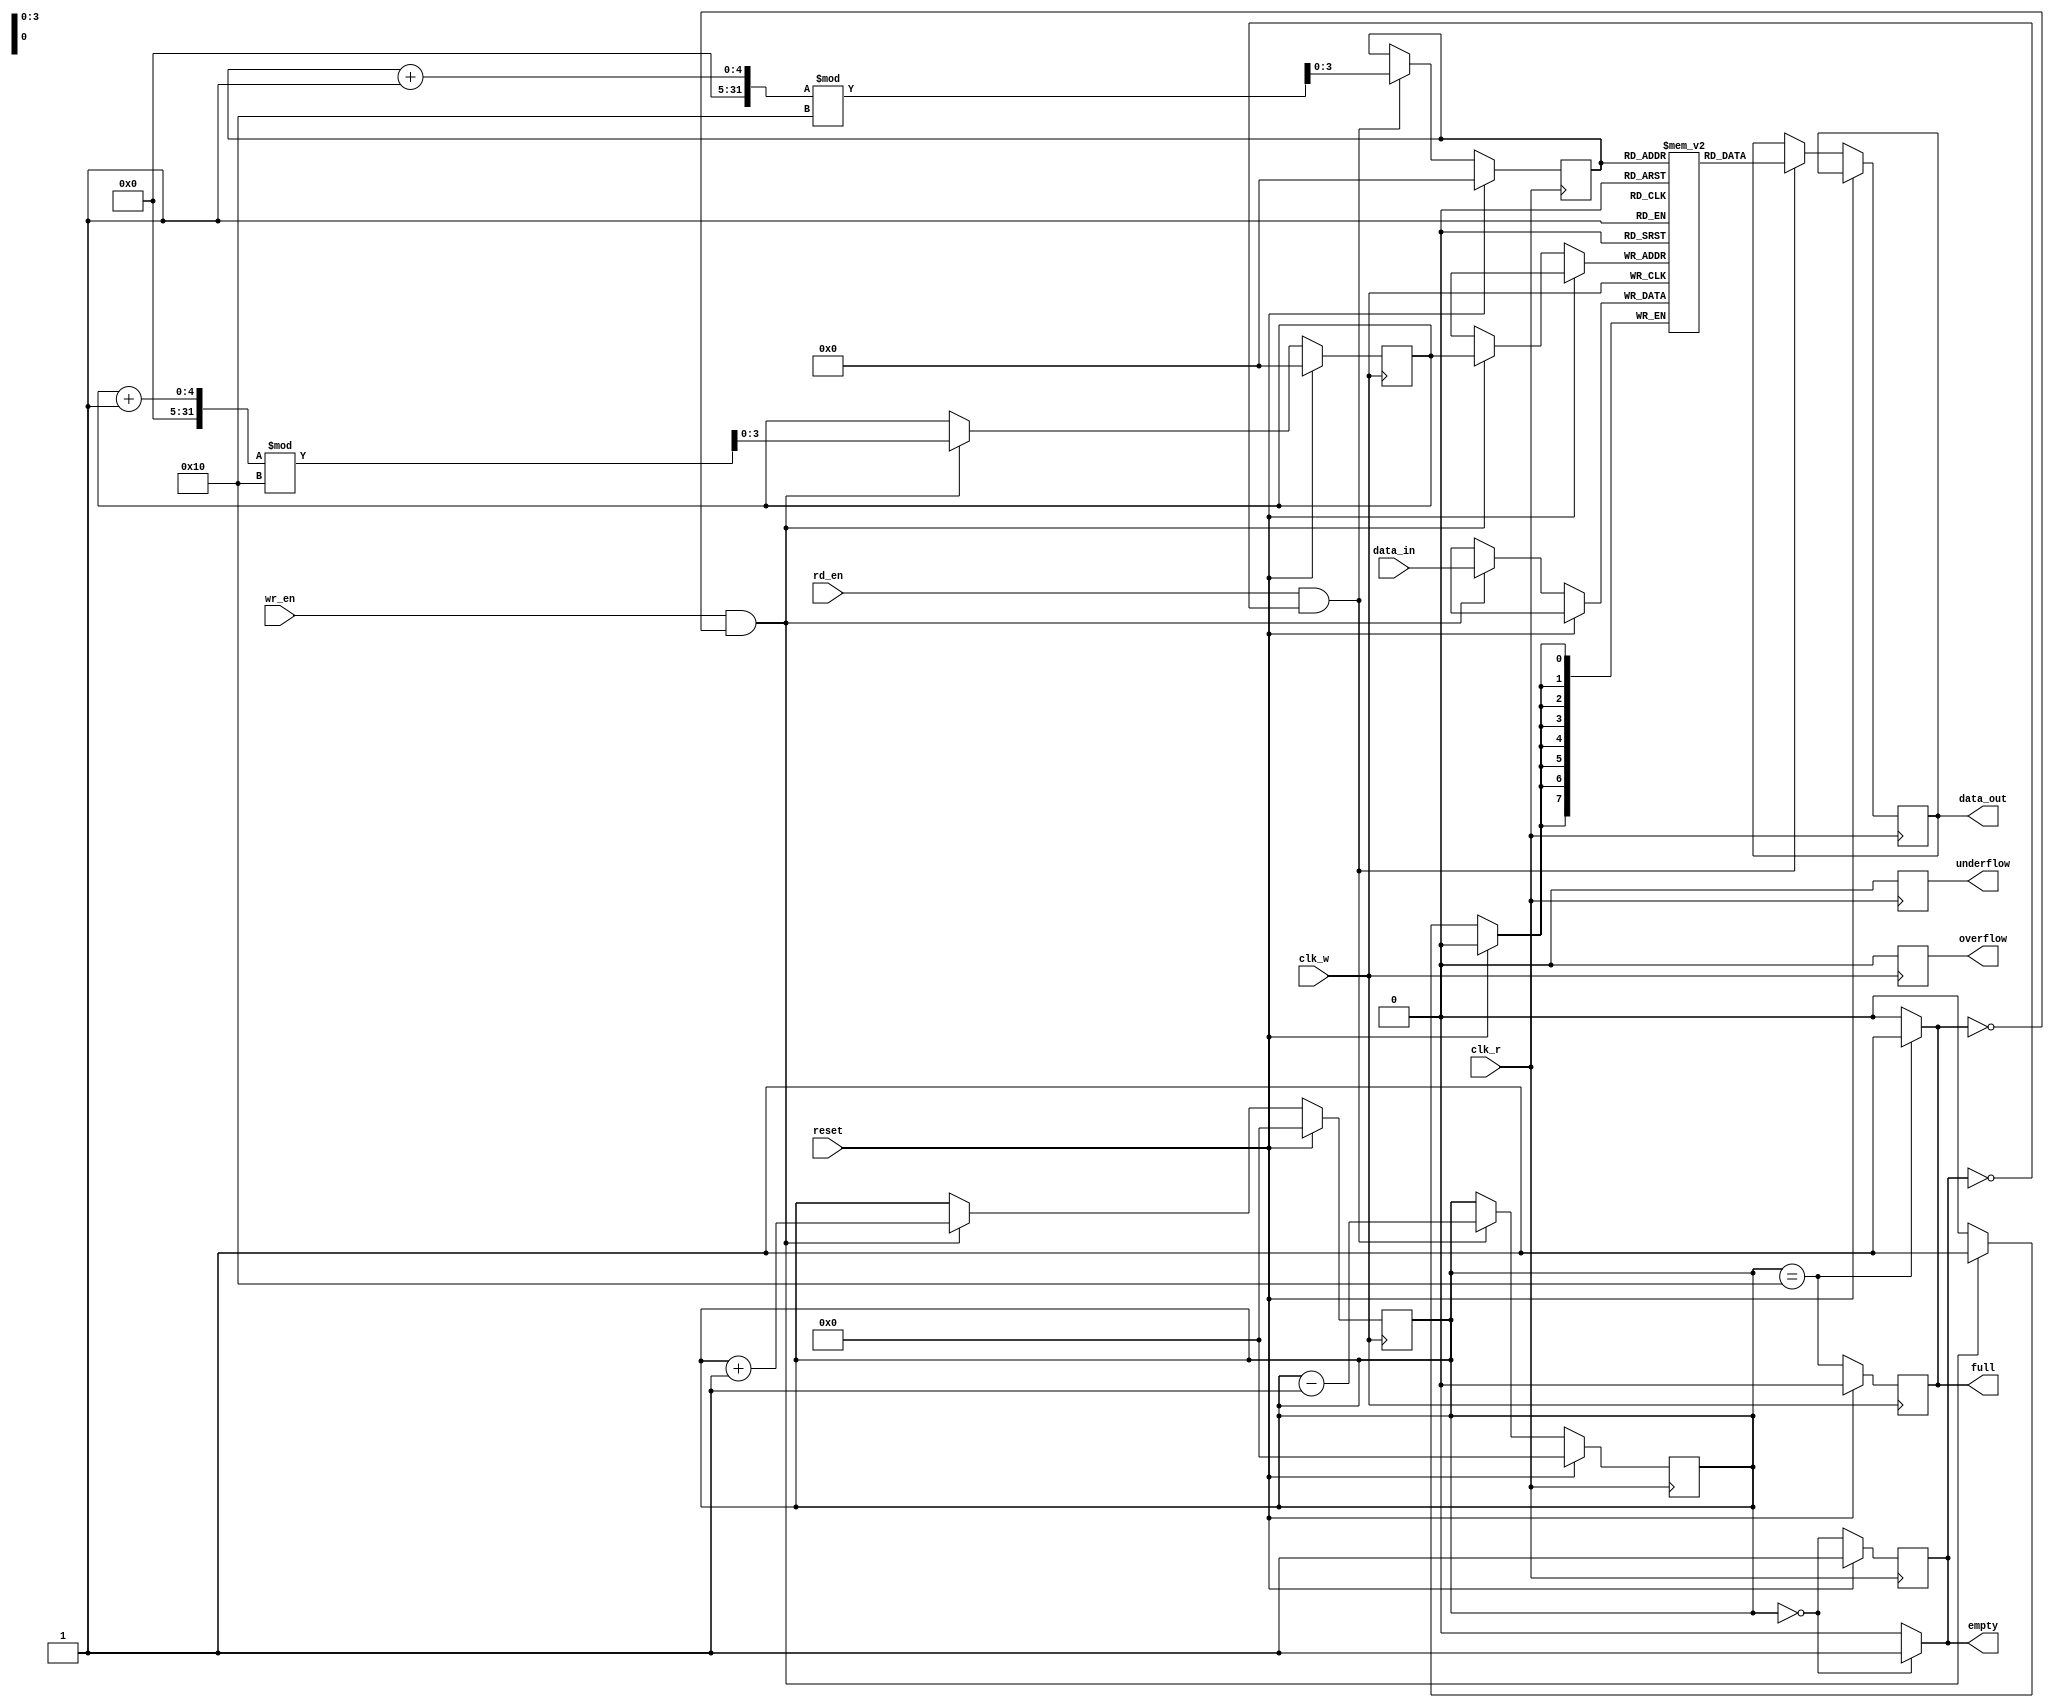
module dual_clock_fifo #(
    parameter DATA_WIDTH = 8, // Width of each data entry
    parameter DEPTH = 16       // Maximum number of entries in the FIFO
)(
    input wire clk_w,          // Write clock
    input wire clk_r,          // Read clock
    input wire reset,          // Synchronous reset
    input wire [DATA_WIDTH-1:0] data_in, // Data input
    input wire wr_en,          // Write enable
    input wire rd_en,          // Read enable
    output reg [DATA_WIDTH-1:0] data_out, // Data output
    output reg full,           // Full flag
    output reg empty,          // Empty flag
    output reg overflow,       // Overflow indicator
    output reg underflow       // Underflow indicator
);

// Memory storage for FIFO entries
reg [DATA_WIDTH-1:0] fifo_mem [0:DEPTH-1];

// Write and read pointers
reg [$clog2(DEPTH)-1:0] wp; // Write pointer
reg [$clog2(DEPTH)-1:0] rp; // Read pointer
reg [$clog2(DEPTH+1)-1:0] count; // Count of entries

// Synchronization registers for read and write pointers
reg [$clog2(DEPTH)-1:0] wp_sync;
reg [$clog2(DEPTH)-1:0] rp_sync;

// Write logic
always @(posedge clk_w) begin
    if (reset) begin
        wp <= 0;
        count <= 0;
        full <= 0;
        overflow <= 0;
    end else begin
        if (wr_en && !full) begin
            fifo_mem[wp] <= data_in; // Write data
            wp <= (wp + 1) % DEPTH;   // Increment write pointer
            count <= count + 1;       // Increment count
        end
        // Update full flag
        full <= (count == DEPTH);
        // Reset overflow flag
        overflow <= 0;
    end
end

// Read logic
always @(posedge clk_r) begin
    if (reset) begin
        rp <= 0;
        count <= 0;
        empty <= 1;
        underflow <= 0;
    end else begin
        if (rd_en && !empty) begin
            data_out <= fifo_mem[rp]; // Read data
            rp <= (rp + 1) % DEPTH;    // Increment read pointer
            count <= count - 1;        // Decrement count
        end
        // Update empty flag
        empty <= (count == 0);
        // Reset underflow flag
        underflow <= 0;
    end
end

// Pointer synchronization for the read pointer
always @(posedge clk_w) begin
    wp_sync <= wp; // Synchronize write pointer to read clock domain
end

always @(posedge clk_r) begin
    rp_sync <= rp; // Synchronize read pointer to write clock domain
end

// Update full and empty flags based on synchronized pointers
always @* begin
    if (count == DEPTH) begin
        full = 1'b1;
    end else begin
        full = 1'b0;
    end

    if (count == 0) begin
        empty = 1'b1;
    end else begin
        empty = 1'b0;
    end
end

endmodule